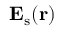
{ \mathbf { E } } _ { \mathrm { s } } ( \mathbf { r } )